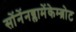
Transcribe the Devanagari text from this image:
सोंनेंनब्लामेंकेम्ब्रोट